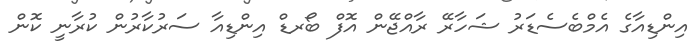
އިންޑިއާގެ އެމްބެެސެޑަރު ޝަހާރޭ ރާއްޖޭން އޮފް ބޯރޑް އިންޑިއާ ސަރުކާރުން ކުރާނީ ކޮން